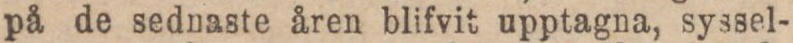
på de sednaste åren blifvit upptagna, syssel-